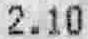
2.10